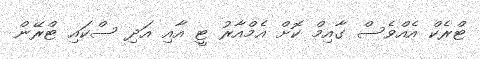
ޓްރެކް އެއްވެސް ގާއިމް ކޮށް އެމްއާރު ޓީ އާއި އަދި ސްކައި ޓްރޭން